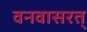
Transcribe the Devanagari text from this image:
वनवासरत्